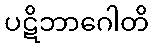
ပဋိဘာဂေါတိ